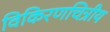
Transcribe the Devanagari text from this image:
विकिरणचित्रीय